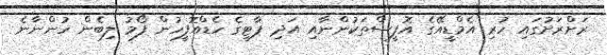
ރަށްރަށުގައި ހުރި އެމްޑީއޭގެ އޮފީސްތަކުންނާއި އަދި ޕާޓީގެ ހެޑްއޮފީހުން ފޯމު ލިބެން ހުންނާނެ